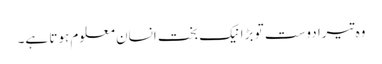
وہ تیرا دوست تو بڑا نیک بخت انسان معلوم ہوتا ہے۔